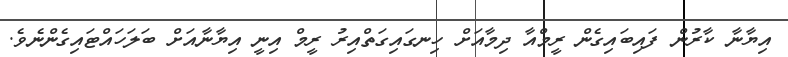
އިޔާނާ ކާރުން ފައިބައިގެން ރީމްއާ ދިމާއަށް ހިނގައިގަތްއިރު ރީމް އިނީ އިޔާނާއަށް ބަލަހައްޓައިގެންނެވެ.